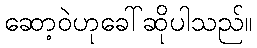
ဆော့ဝဲဟုခေါ်ဆိုပါသည်။